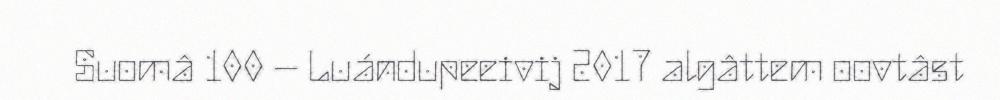
Suomâ 100 – Luándupeeivij 2017 algâttem oovtâst